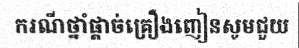
ករណីថ្នាំផ្តាច់គ្រឿងញៀនសូមជួយ